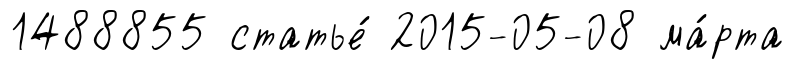
1488855 статье́ 2015-05-08 ма́рта